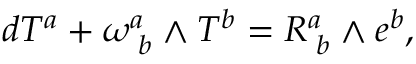
d T ^ { a } + \omega _ { \, \, b } ^ { a } \wedge T ^ { b } = R _ { \, \, b } ^ { a } \wedge e ^ { b } ,